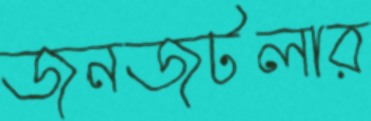
জনজটলার